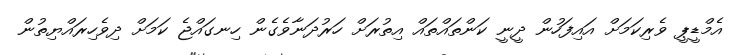
އެމްޑީޕީ ވެރިކަމަށް އައިފަހުން ދީނީ ކަންތައްތައް އިތުރަށް ހަރުދަނާވެގެން ހިނގައްޖެ ކަމަށް ދިވެހިރައްޔިތުން